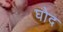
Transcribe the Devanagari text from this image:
घोद